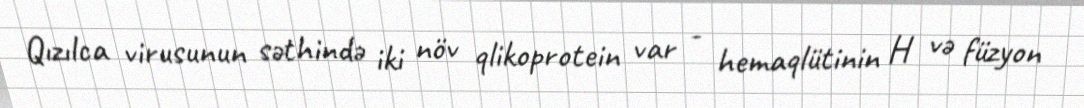
Qızılca virusunun səthində iki növ qlikoprotein var - hemaqlütinin H və füzyon